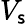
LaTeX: V_{\mathsf{s}}